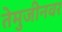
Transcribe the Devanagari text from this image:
तेमुजीनवर